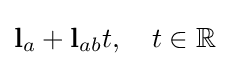
\mathbf {l} _{a}+\mathbf {l} _{ab}t,\quad t\in \mathbb {R}